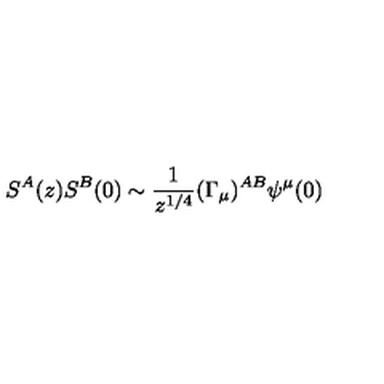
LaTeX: S ^ { A } ( z ) S ^ { B } ( 0 ) \sim \frac { 1 } { z ^ { 1 / 4 } } ( \Gamma _ { \mu } ) ^ { A B } \psi ^ { \mu } ( 0 )